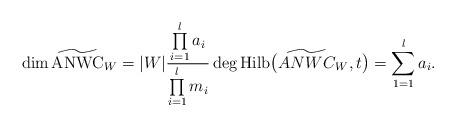
LaTeX: \begin{gather*}\dim \widetilde {\rm ANWC}_{W}=|W|{\prod\limits_{i=1}^{l}a_i \over\prod\limits_{i=1}^{l} m_{i}} \deg {\rm Hilb}\big(\widetilde {ANWC}_{W},t\big)=\sum\limits_{1=1}^{l}a_{i}.\end{gather*}